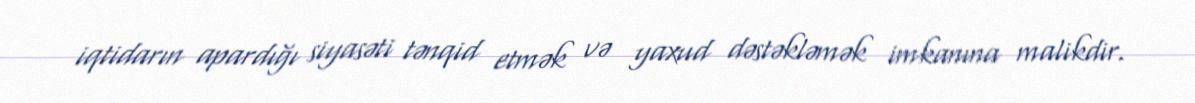
iqtidarın apardığı siyasəti tənqid etmək və yaxud dəstəkləmək imkanına malikdir.